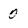
Character: 0